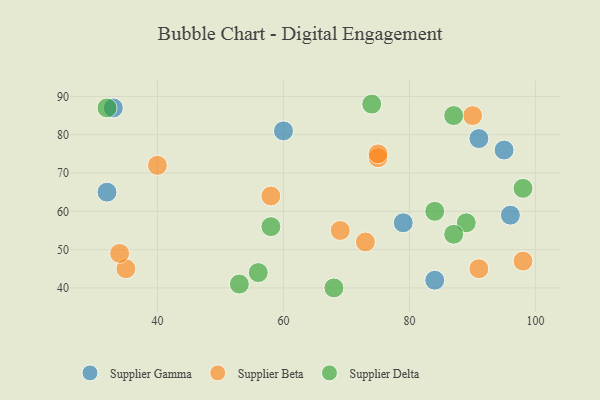
{"axis": {"x": "GDP", "y": "Life Expectancy"}, "legend": ["Supplier Beta", "Supplier Delta", "Supplier Gamma"], "data": [{"x": "60", "y": 81, "type": "Supplier Gamma"}, {"x": "32", "y": 65, "type": "Supplier Gamma"}, {"x": "33", "y": 87, "type": "Supplier Gamma"}, {"x": "95", "y": 76, "type": "Supplier Gamma"}, {"x": "79", "y": 57, "type": "Supplier Gamma"}, {"x": "91", "y": 79, "type": "Supplier Gamma"}, {"x": "84", "y": 42, "type": "Supplier Gamma"}, {"x": "96", "y": 59, "type": "Supplier Gamma"}, {"x": "58", "y": 64, "type": "Supplier Beta"}, {"x": "40", "y": 72, "type": "Supplier Beta"}, {"x": "75", "y": 74, "type": "Supplier Beta"}, {"x": "73", "y": 52, "type": "Supplier Beta"}, {"x": "75", "y": 75, "type": "Supplier Beta"}, {"x": "90", "y": 85, "type": "Supplier Beta"}, {"x": "98", "y": 47, "type": "Supplier Beta"}, {"x": "35", "y": 45, "type": "Supplier Beta"}, {"x": "69", "y": 55, "type": "Supplier Beta"}, {"x": "91", "y": 45, "type": "Supplier Beta"}, {"x": "34", "y": 49, "type": "Supplier Beta"}, {"x": "87", "y": 85, "type": "Supplier Delta"}, {"x": "53", "y": 41, "type": "Supplier Delta"}, {"x": "56", "y": 44, "type": "Supplier Delta"}, {"x": "98", "y": 66, "type": "Supplier Delta"}, {"x": "32", "y": 87, "type": "Supplier Delta"}, {"x": "89", "y": 57, "type": "Supplier Delta"}, {"x": "68", "y": 40, "type": "Supplier Delta"}, {"x": "84", "y": 60, "type": "Supplier Delta"}, {"x": "58", "y": 56, "type": "Supplier Delta"}, {"x": "87", "y": 54, "type": "Supplier Delta"}, {"x": "74", "y": 88, "type": "Supplier Delta"}]}